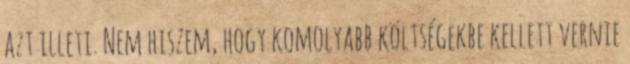
azt illeti. Nem hiszem, hogy komolyabb költségekbe kellett vernie